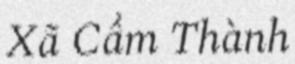
Xã Cẩm Thành